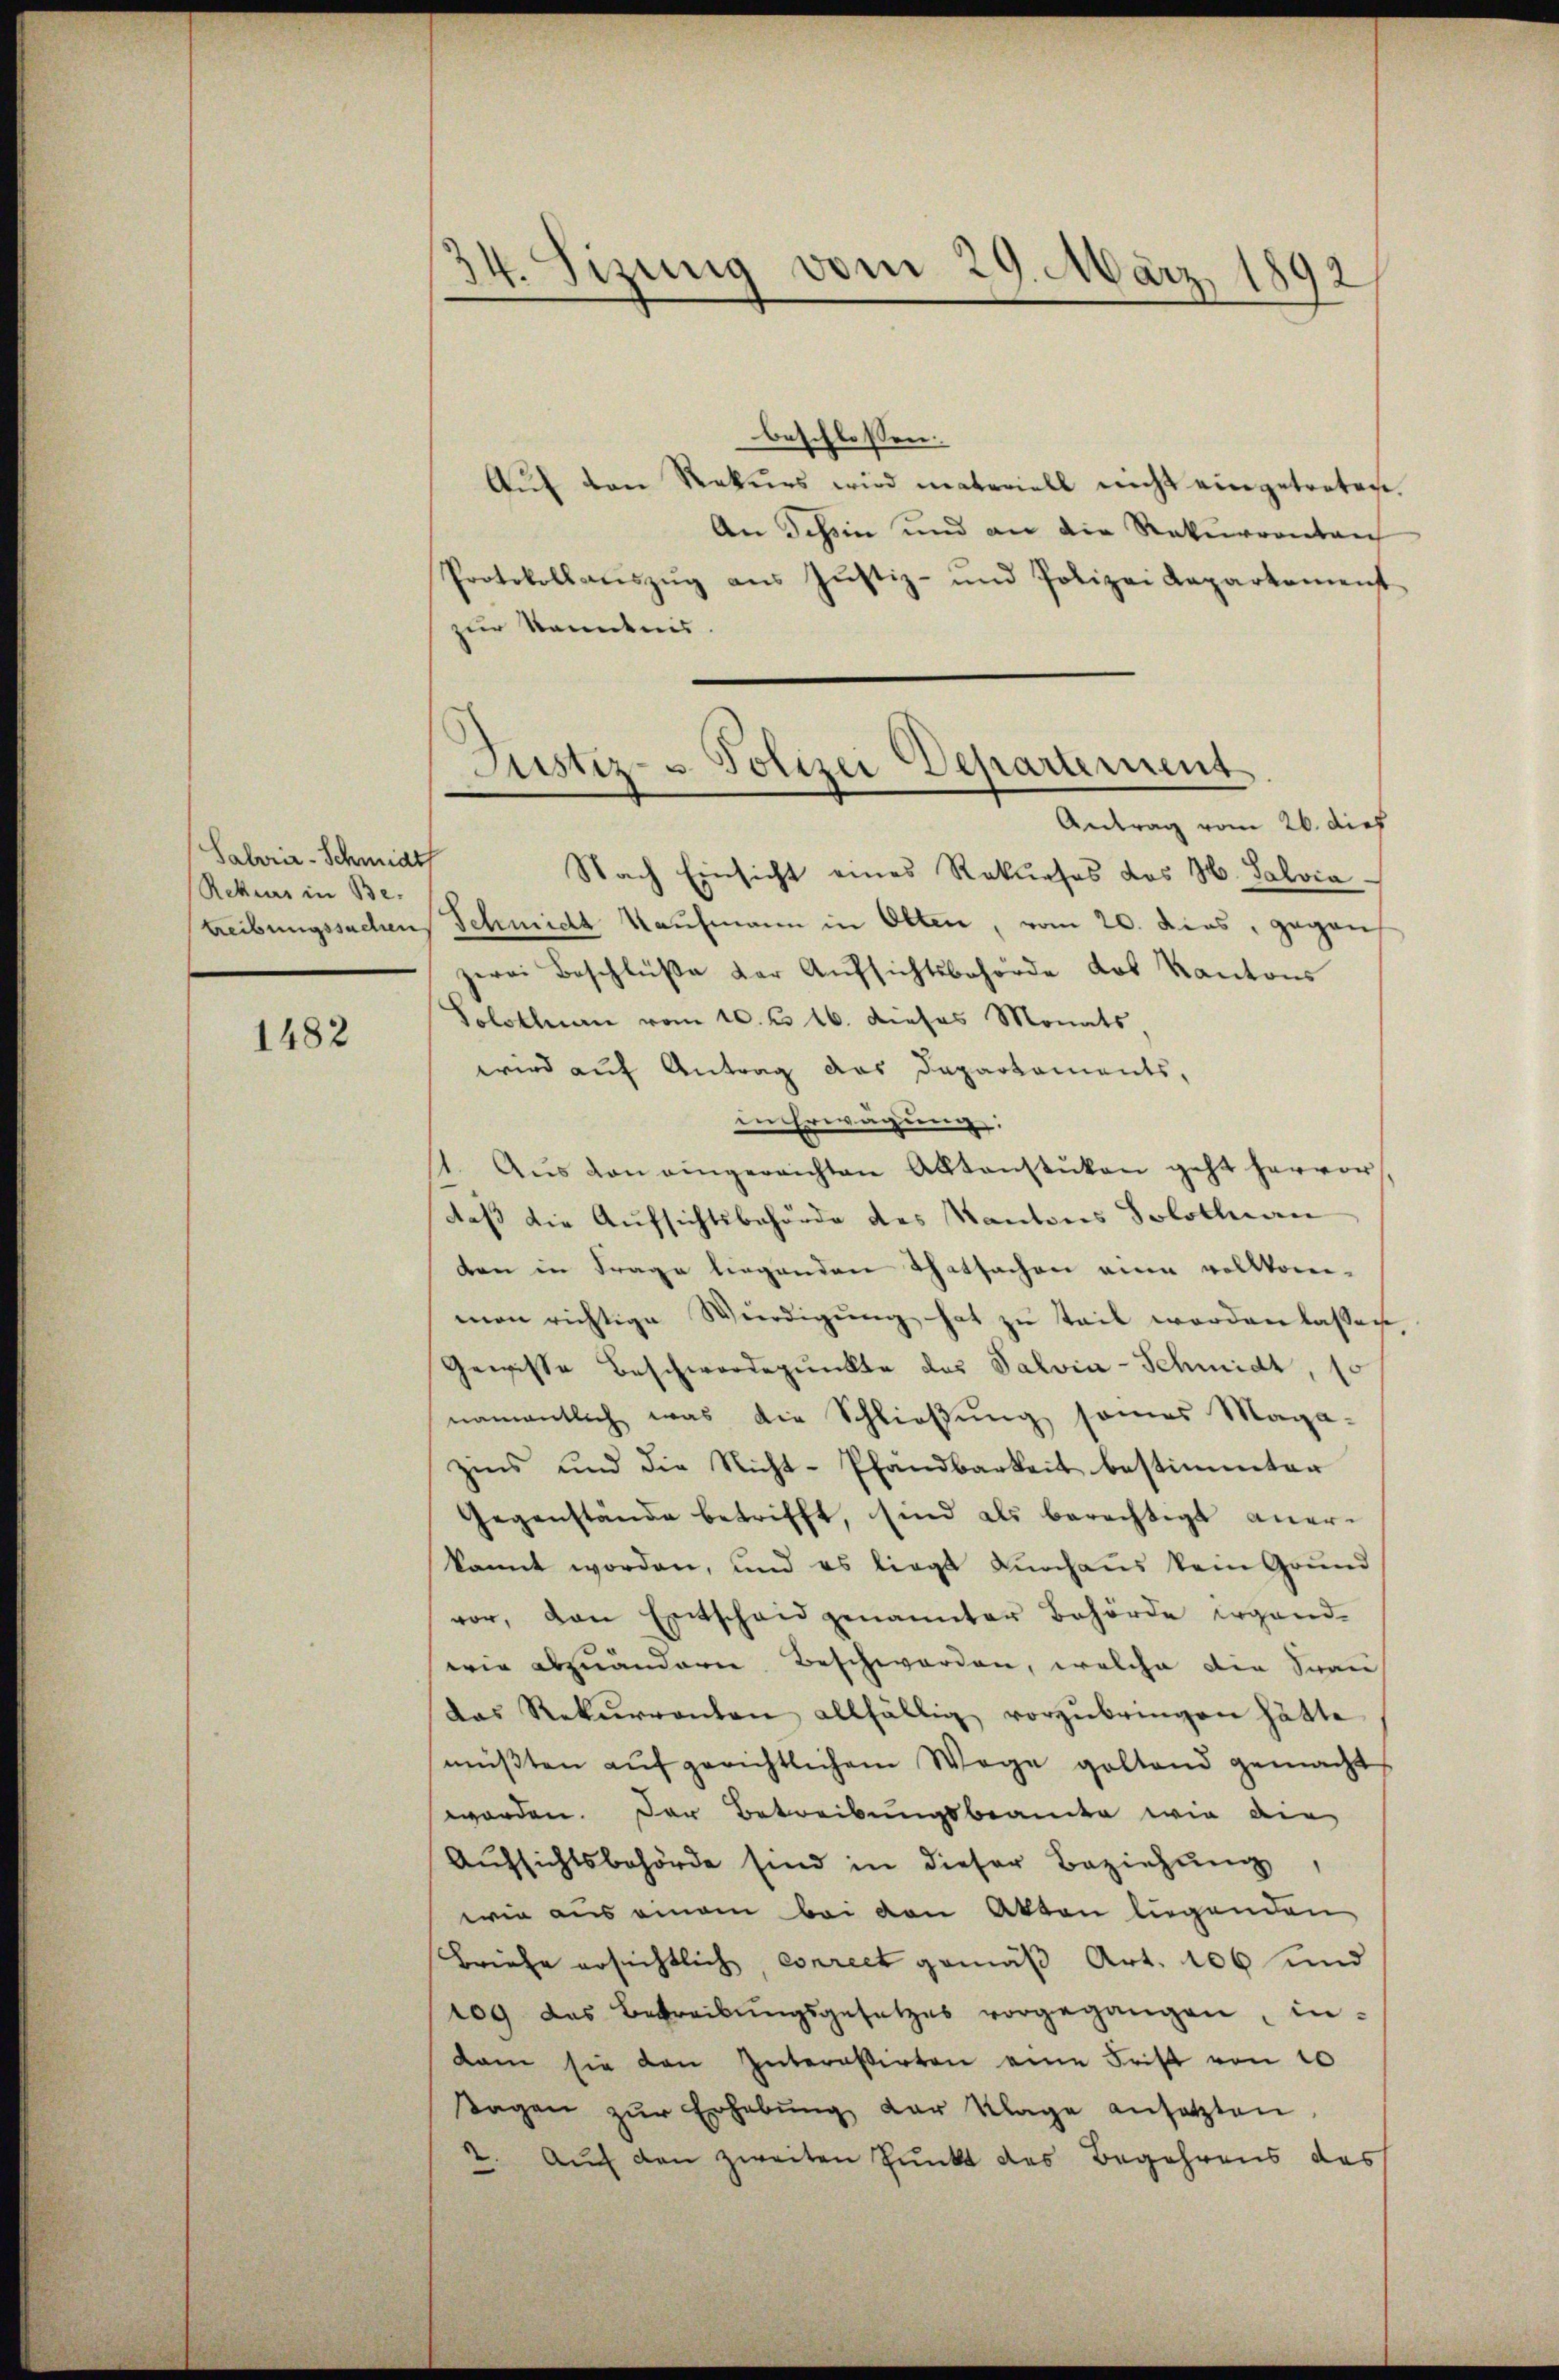
Salerie-Schmidt
Rekurs in Be-

1482

34. Sizung vom 29. März 1892

beschlossen:
Aŭf den Rekurs wird materiell nicht eingetreten.
An Tessin und an die Rekurrenten
Protokollaŭszŭg aŭs Justiz- und Polizei Kaparkamenst
zur Kenntnis.
Nach Einsicht eines Rekurses des H. Salvia
treibungssachens Schmidt Kaufmann in Olten, vom 20. dies, gegen
zerei Beschlüße der Aufsichtsbehörde das Kantons
Solothurn vom 10. d. 16. dieses Monats,
wird auf Antrag das Departaments,
in Erwägung:
1. Aŭs von eingereichten Aktenstüken geht hervor,
daß die Aufsichtsbehörde des Kantons Solotenan
ben in Frage liegenden Thatsachen eine vollkom-
mon richtige Würdigung hat zu teil worden lassen
Gewisse Beschwerdepunkte des Salvia-Schmidt, 10
namentlich was die Schließung seines Maga-
zins und die Nicht-Pfandbarkeit bestimmten
Gegenstände betrifft, sind als berechtigt anerkannt worden, und es liegt durchaus kein Grŭnd
vor, von Entschaid genannter Behörde ergandwie abzuändern Beschwerden, welche die Frau
das Rekurrenten allfällig vorzŭbringen hätte
müβten aŭf gerichtlichem Wege goltend gemacht
worden. Der Betreibungsbeamte wie die
Aufsichtsbehörde sind in dieser Beziehung,
wie aus einem bei den Akten liegenden
Briefe ersichtlich correct gemäß Art. 106 und
109 des Betreibŭngsgesetzes vorgegangen, indam sie den Interasirten eine Frist von 10
Tagen zŭr Erhebŭng der Klage ansetzten
2. Auch den zweiten Punkt des Begehrens des

Justiz- u Polizei Departement
Antrag vom 26. dies